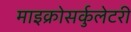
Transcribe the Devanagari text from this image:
माइक्रोसर्कुलेटरी